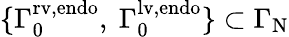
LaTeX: \{ {\Gamma}_{0}^{\mathrm{rv,endo}},\ {\Gamma}_{0}^{\mathrm{lv,endo}}\} \subset{\Gamma}_{\mathrm{N}}